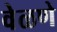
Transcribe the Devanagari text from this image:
वेळणे